Eesti_Rahvusfond, lk 58
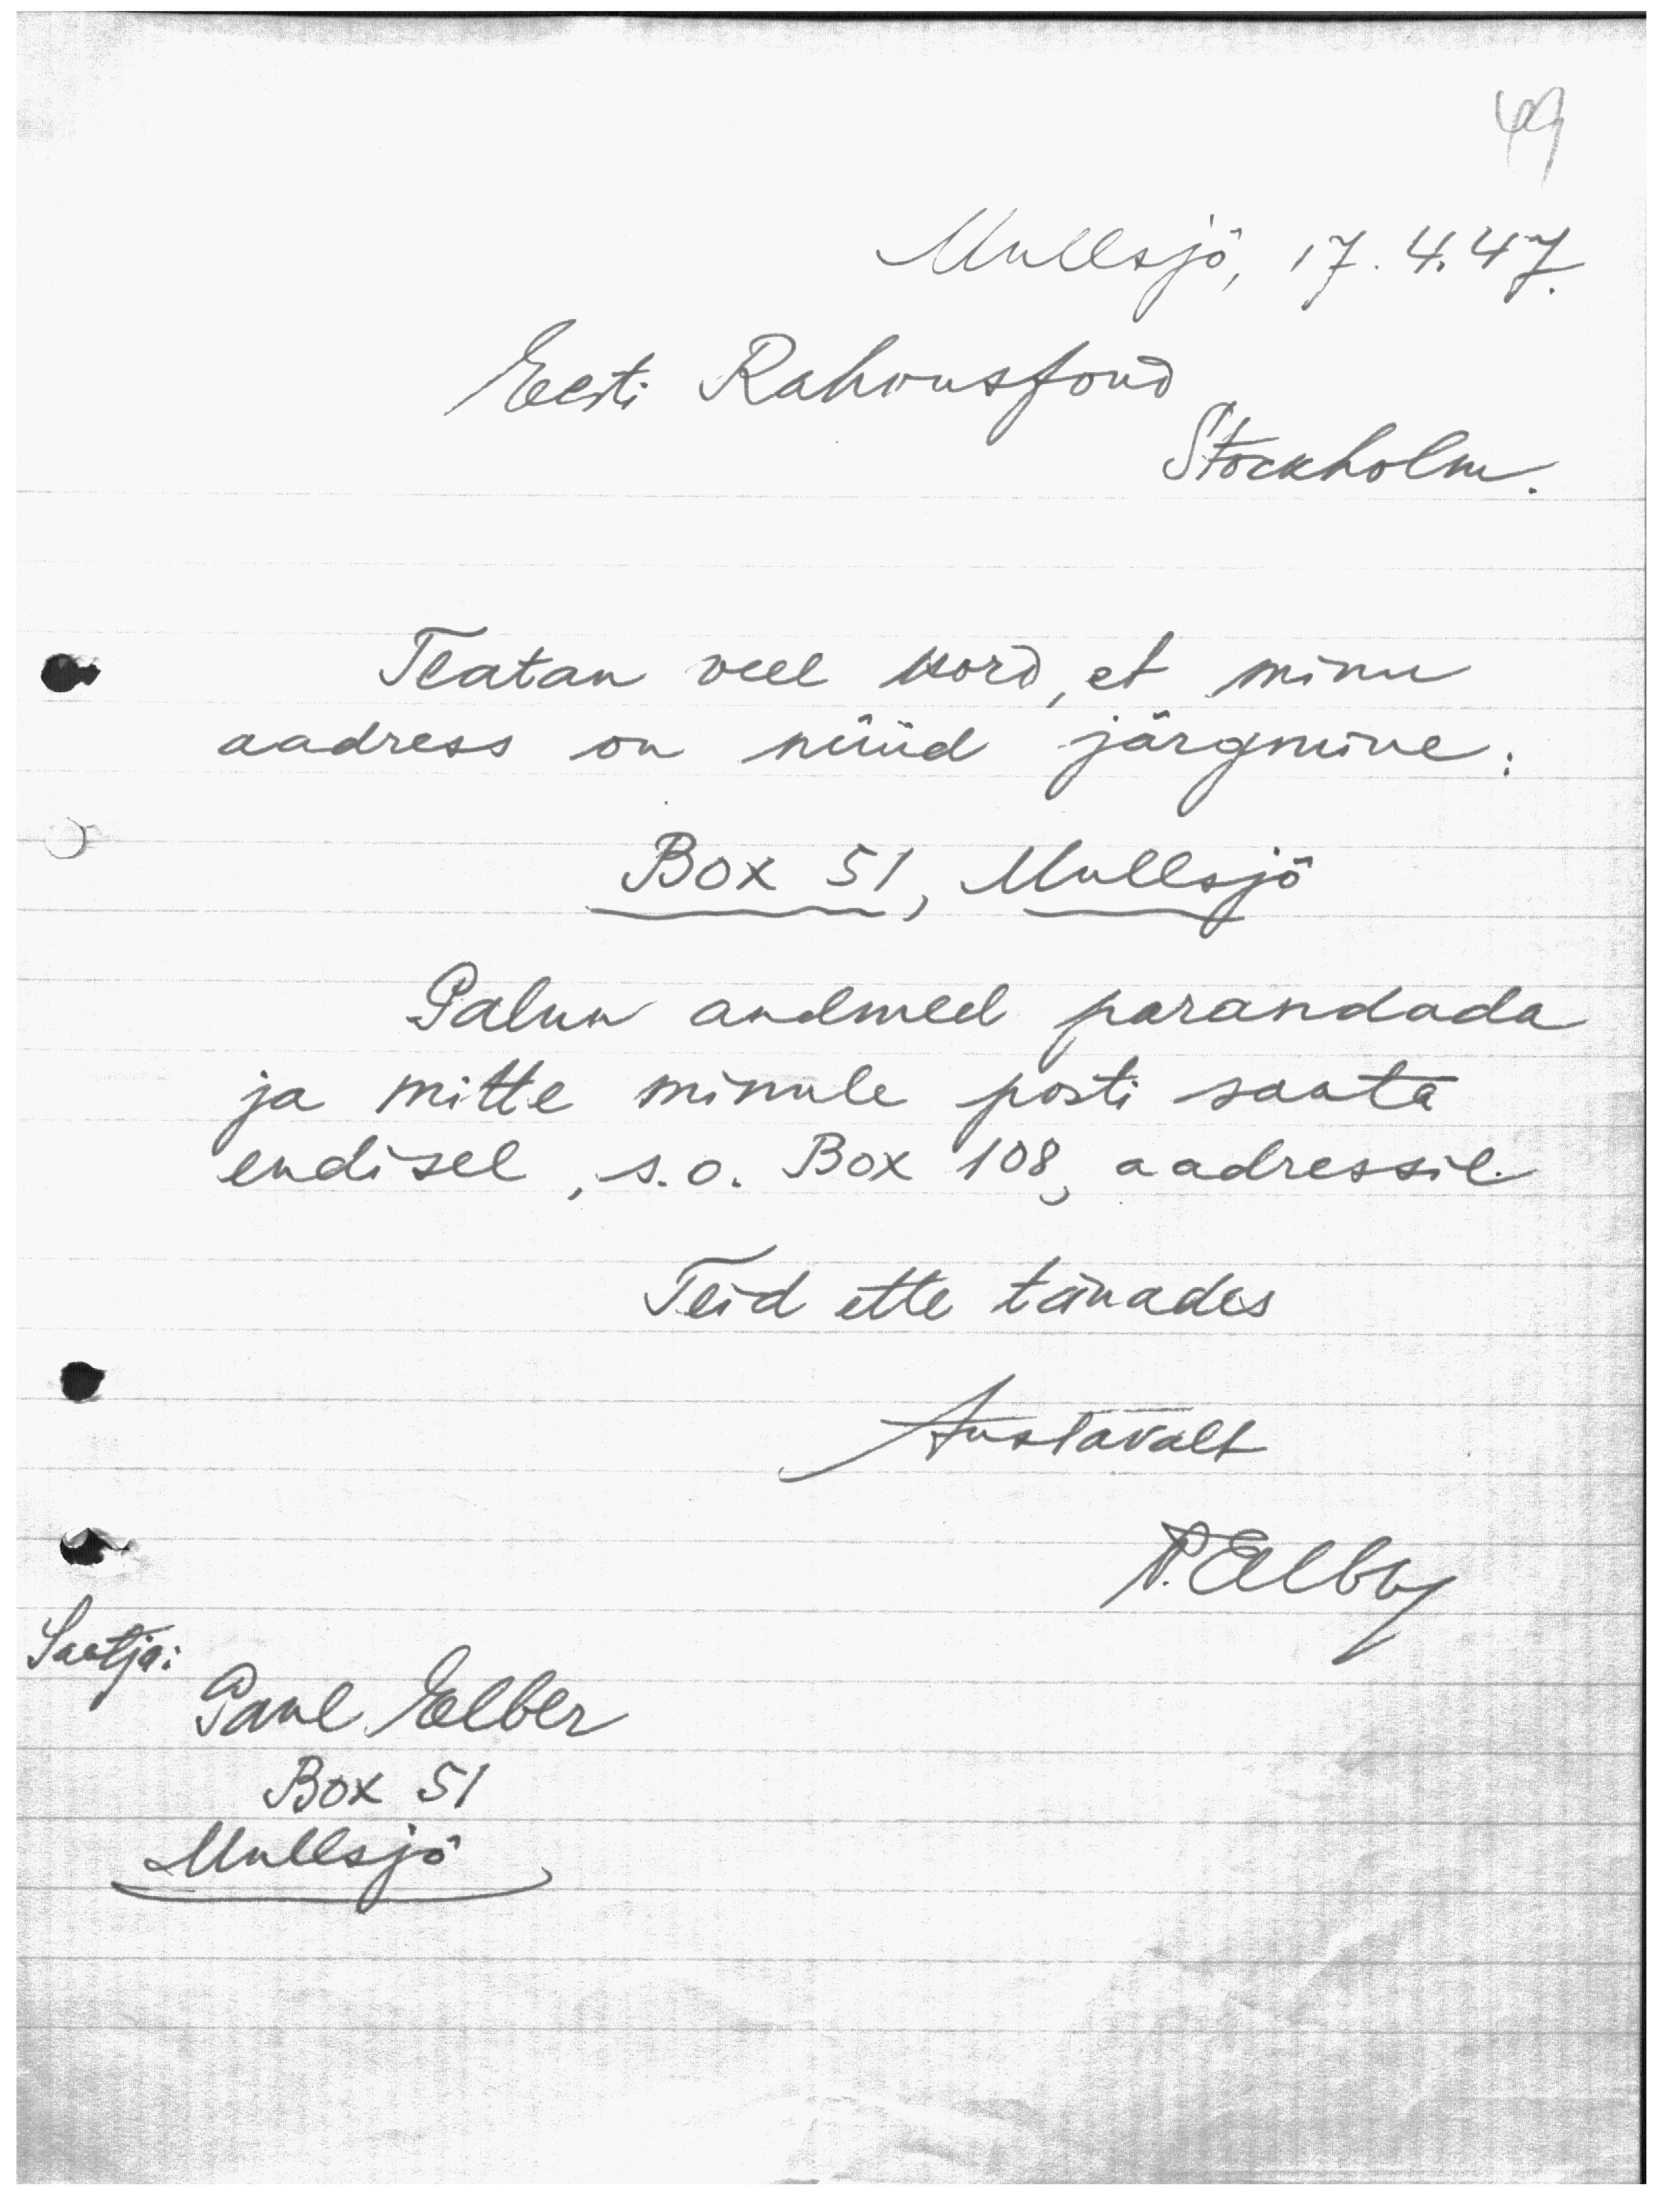
49
Mullsjö, 17. 4. 47.
Eesti Rahvusfond
Storkholm.
Teatan veel kord, et minu
aadress on nüüd järgmine:
BOX 51, Mullsjö
Palun andmed parandada
ja mitte minule posti saata
endisel, s.o. Box 108 aadressil.
Teid ette tänades
Austavalt
P. Elber
Saatja:
Paul Elber
Box 51
Mullsjö